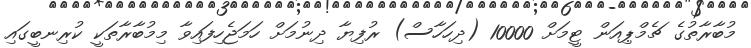
މުބާރާތުގެ ޗެމްޕިއަން ޓީމަށް 10000 (ދިހަހާސް) ރުފިޔާ ދިނުމަށް ހަމަޖެހިފައިވާ މިމުބާރާތަކީ ކުރިނބީގައި